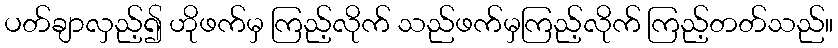
ပတ်ချာလှည့်၍ ဟိုဖက်မှ ကြည့်လိုက် သည်ဖက်မှကြည့်လိုက် ကြည့်တတ်သည်။